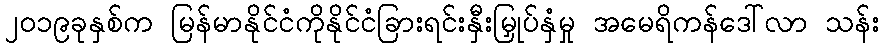
၂၀၁၉ခုနှစ်က မြန်မာနိုင်ငံကိုနိုင်ငံခြားရင်းနှီးမြှုပ်နှံမှု အမေရိကန်ဒေါ်လာ သန်း